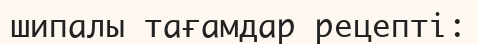
шипалы тағамдар рецепті: